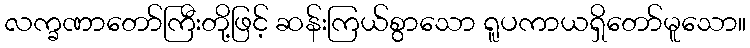
လက္ခဏာတော်ကြီးတို့ဖြင့် ဆန်းကြယ်စွာသော ရူပကာယရှိတော်မူသော။